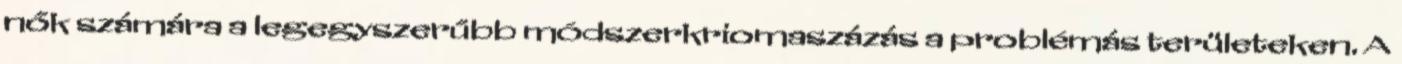
nők számára a legegyszerűbb módszerkriomaszázás a problémás területeken. A